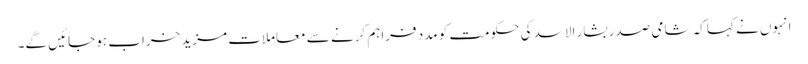
انہوں نے کہا کہ شامی صدر بشار الاسد کی حکومت کو مدد فراہم کرنے سے معاملات مزید خراب ہو جائیں گے۔